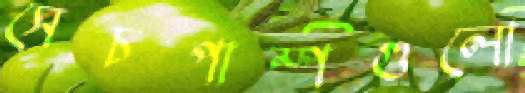
সেচপাম্পগুলো